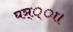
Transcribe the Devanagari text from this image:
घञ््‌ा।